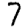
Digit: 7